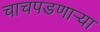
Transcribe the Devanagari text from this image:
चाचपडणार्‍या